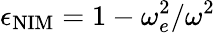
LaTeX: \epsilon_{\mathrm{NIM}}=1-\omega_{e}^{2}/\omega^{2}